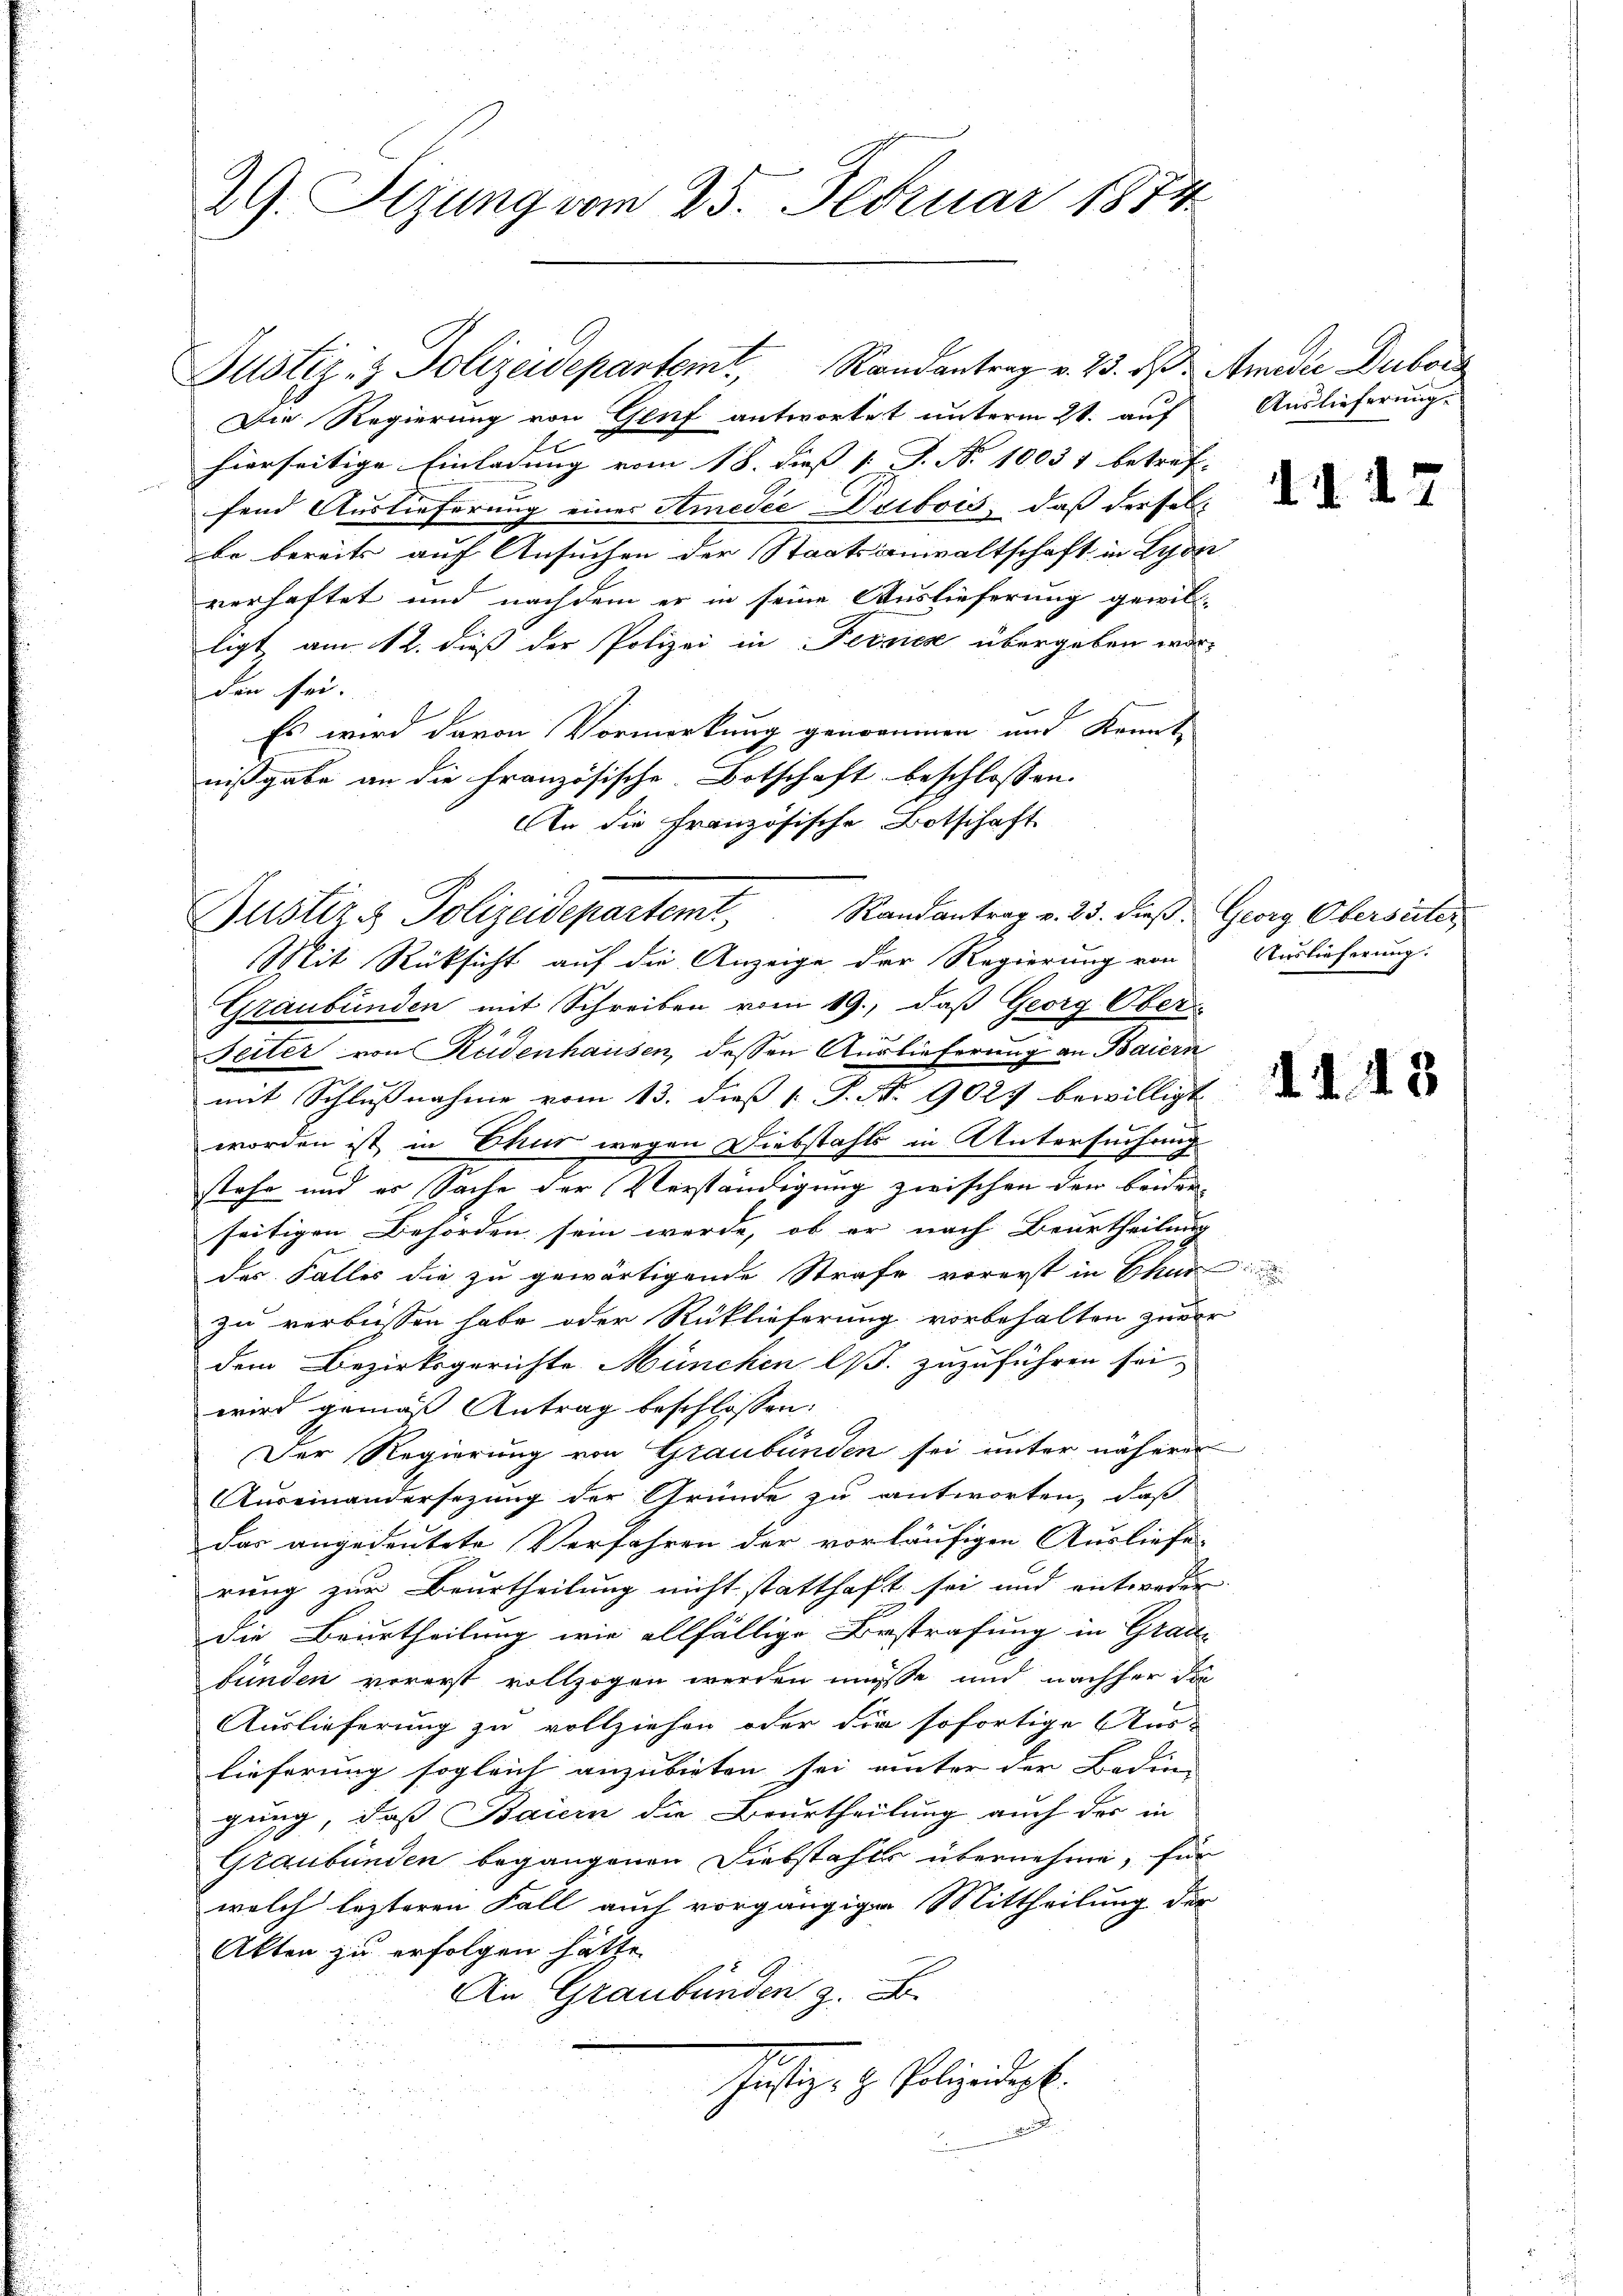
29. Sezung vom 25. Februar 1874

Justiz & Polizeidepartemt, Randantrag v. 23. d. Amadie Dubord
Die Regierung von Genf antwortet unterm 2t. auf
hierseitige Einladung vom 18. dies [ J. No 10037 betref- |
fend Auslieferung eines Amedie Dribois, daß derselbe bereits auf Ansuchen der Staatsanwaltschaft in Lyon
verhaftet und nachdem er in seine Auslieferung gewilligt, am 12. dieß der Polizei in Feines übergeben worden sei.
Es wird davon Vormerkung genommen und kannt,
nißgabe an die Französische Botschaft beschlossen.
An die Französische Botschaft
Mit Rücksicht auf die Anzeige der Regierung von
Graubünden mit Schreiben vom 19., daß Georg Ober
Seiter von Rüdenhausen, dessen Auslieferung an Baiern
mit Schlußnahme vom 13. dieß [ P. Nr. 9027 bewilligt
worden ist in Chur wegen Diebstahls in Untersuchung
stehe und er Sache der Verständigung zwischen dem beiden
seitigen Behörden sein werde, ob er nach Beurtheilung
des Falles die zu gewärtigende Strafe vorerst in Chur
zu verbissen habe oder Rücklieferung vorbehalten zu ver
dem Bezirksgerichte München l. zuzuführen sei,
wird gemäß Antrag beschlossen:
Der Regierung von Graubünden sei unter näherer
Auseinandersezung der Gründe zu antworten, daß
das angedeutete Verfahren der vorläufigen Ausliefe
rung zur Beurtheilung nicht statthaft sei und entweder
die Beurtheilung wie allfällige Bestrafung in Grade
funden vorerst vollzogen werden müsse und nachher da
Auslieferung zu vollziehen oder die sofortige Aus-
lieferung sogleich anzubieten sei unter der Bedin-
gung, daß Baiern die Beurtheilung auch das in
Graubünden begangenen Diebstahls übernehme, für
welch lezteren Fall auch vorgängige Mittheilung der
Akten zu erfolgen hätte.
An Graubünden z. B.
Thätige H. Polizeidigt.

Justiz & Polizeidepartemt, Randantrag v. 25. dieß: Georg Oberseiter

Auslieferung.

117

Auslieferung.

1148